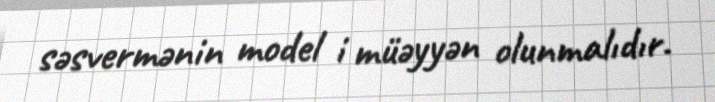
səsvermənin model i müəyyən olunmalıdır.